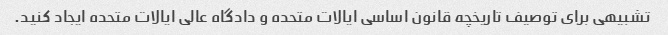
تشبیهی برای توصیف تاریخچه قانون اساسی ایالات متحده و دادگاه عالی ایالات متحده ایجاد کنید.